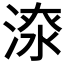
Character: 𣸷